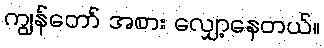
ကျွန်တော် အစား လျှော့နေတယ်။